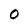
Character: 0